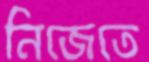
নিজেতে